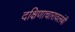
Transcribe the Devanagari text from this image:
दक्षिणाचारावलंबी